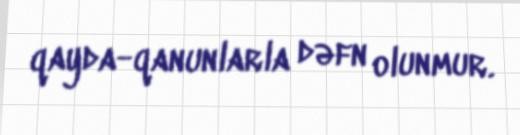
qayda-qanunlarla dəfn olunmur.